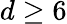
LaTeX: d\geq 6